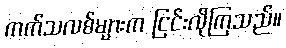
ကက်သလစ်များက ငြင်းလိုကြသည်။